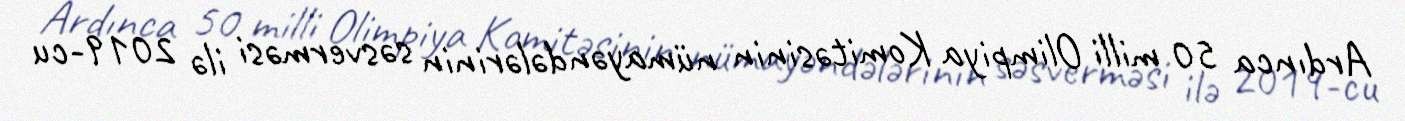
Ardınca 50 milli Olimpiya Komitəsinin nümayəndələrinin səsverməsi ilə 2019-cu